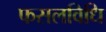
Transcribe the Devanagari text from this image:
फसलविधि